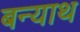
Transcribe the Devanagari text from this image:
बन्याथ